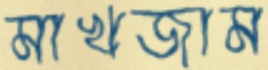
মাখজাম